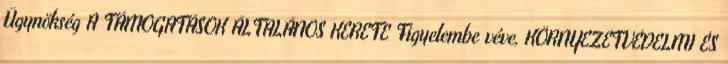
Ügynökség A TÁMOGATÁSOK ÁLTALÁNOS KERETE Figyelembe véve, KÖRNYEZETVÉDELMI ÉS